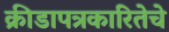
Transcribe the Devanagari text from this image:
क्रीडापत्रकारितेचे